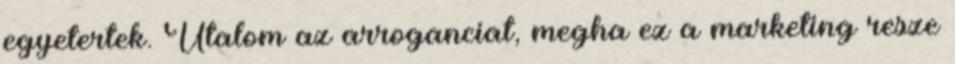
egyetertek. Utalom az arroganciat, megha ez a marketing resze